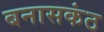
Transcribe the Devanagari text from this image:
बनासकंठ